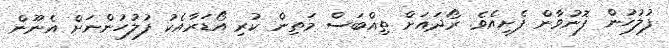
ފުލުހުން ފޮނުވާން ފެށިއެވެ. ރޯދައަށް ތިއްބަސް މަތިން ކުރި އޯޑަރާއެކު ފުލުހުންނަށް އެނޫން